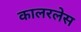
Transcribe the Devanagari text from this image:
कालरलेस